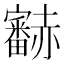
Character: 𧺁